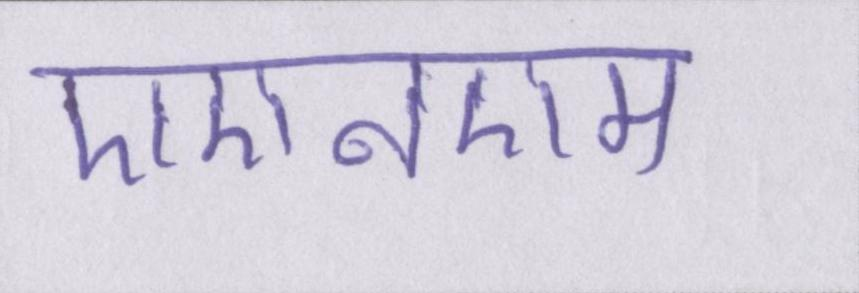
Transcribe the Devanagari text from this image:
एएनएम